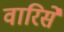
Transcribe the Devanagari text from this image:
वारिसे